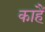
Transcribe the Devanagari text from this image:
काहैं